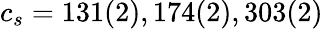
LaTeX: c_{s}=131(2),174(2),303(2)